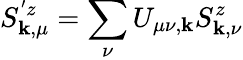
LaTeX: S_{\mathbf{k},\mu}^{'z}=\sum_{\nu}U_{\mu\nu,\mathbf{k}}S_{\mathbf{k},\nu}^{z}